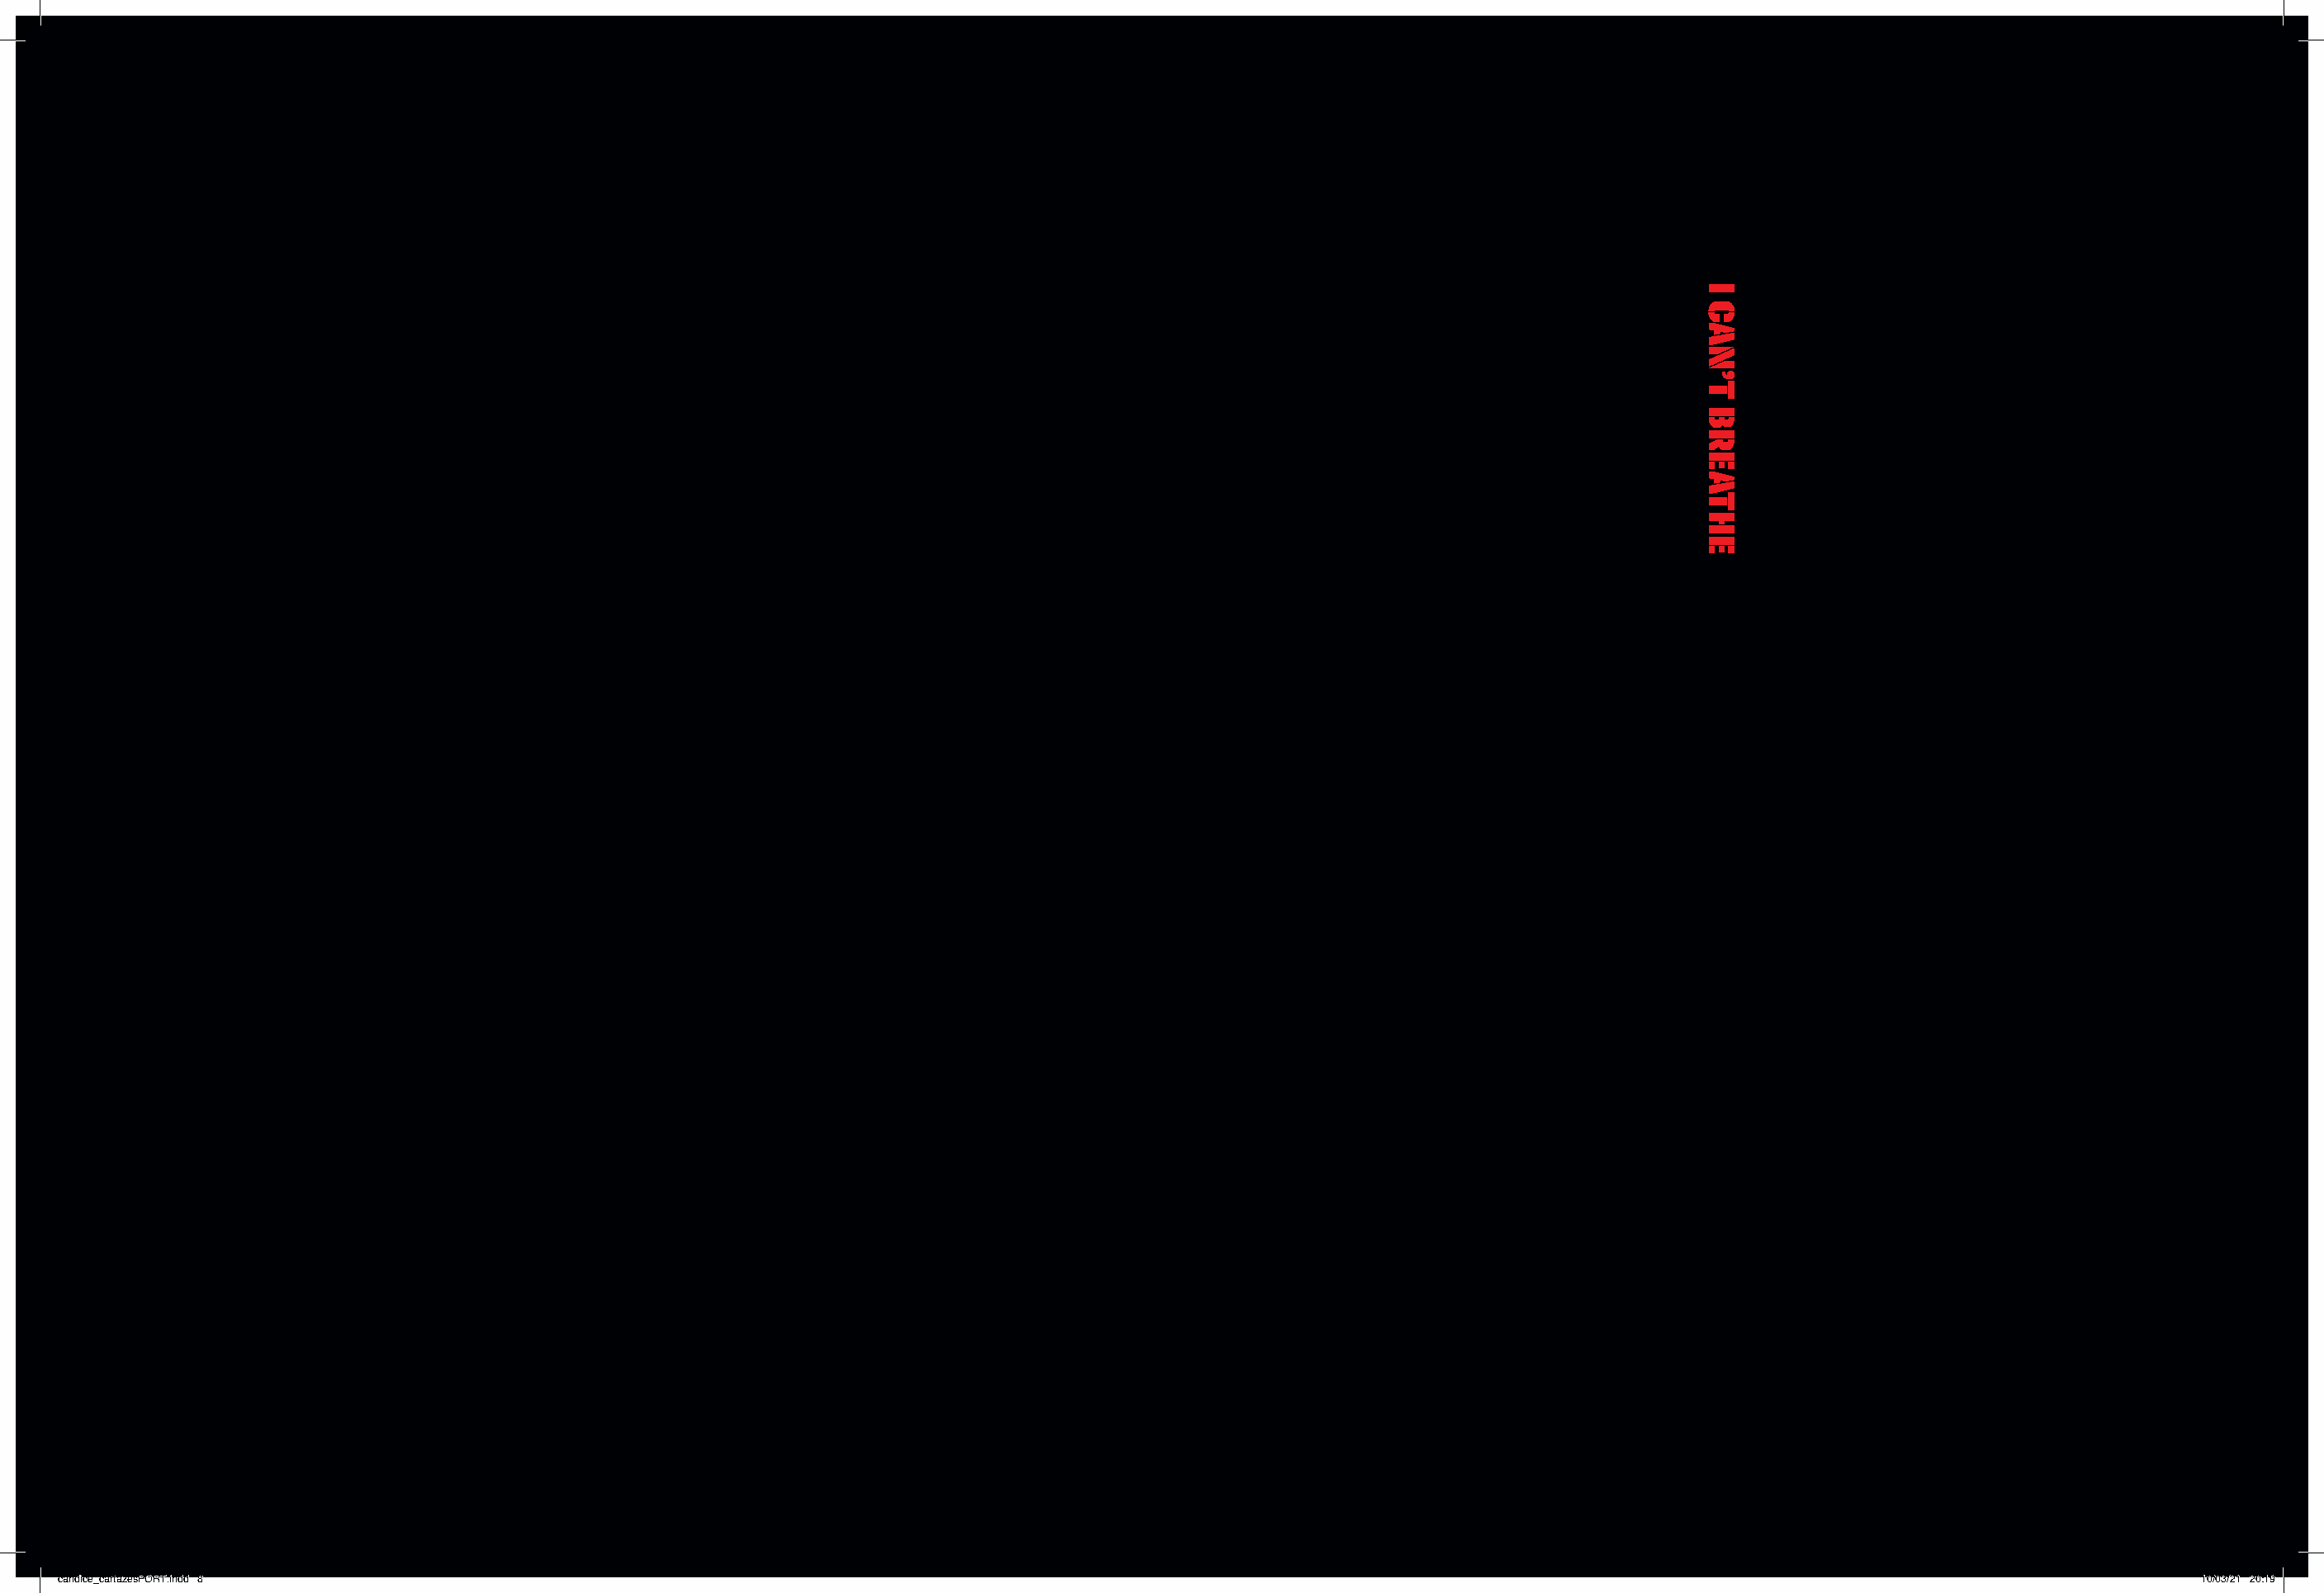
candice_cartazesPORT.indd 8                                                                                                                                                10/03/21 20:19
 I
 CAN’T
 BREATHE